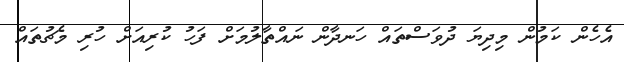
އެހެން ކަމުން މިދިޔަ ދުވަސްތައް ހަނދާން ނައްތާލުމަށް ފަހު ކުރިއަށް ހުރި މެޗުތައް